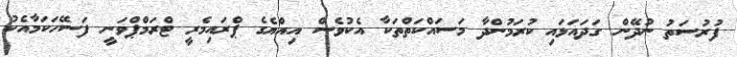
ފުރުސަތު ނުދޭން ގަދައަޅައި ކުރަމުންދާ މަސައްކަތްތަކާ އެކުވެސް އިއްޔެގެ ޕްރައިމެރީ ޓްރަމްޕްވަނީ ފަސޭހަކަމާއެކު